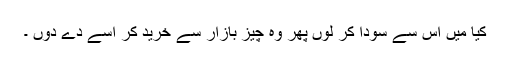
کیا میں اس سے سودا کر لوں پھر وہ چیز بازار سے خرید کر اسے دے دوں ۔